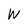
Character: W